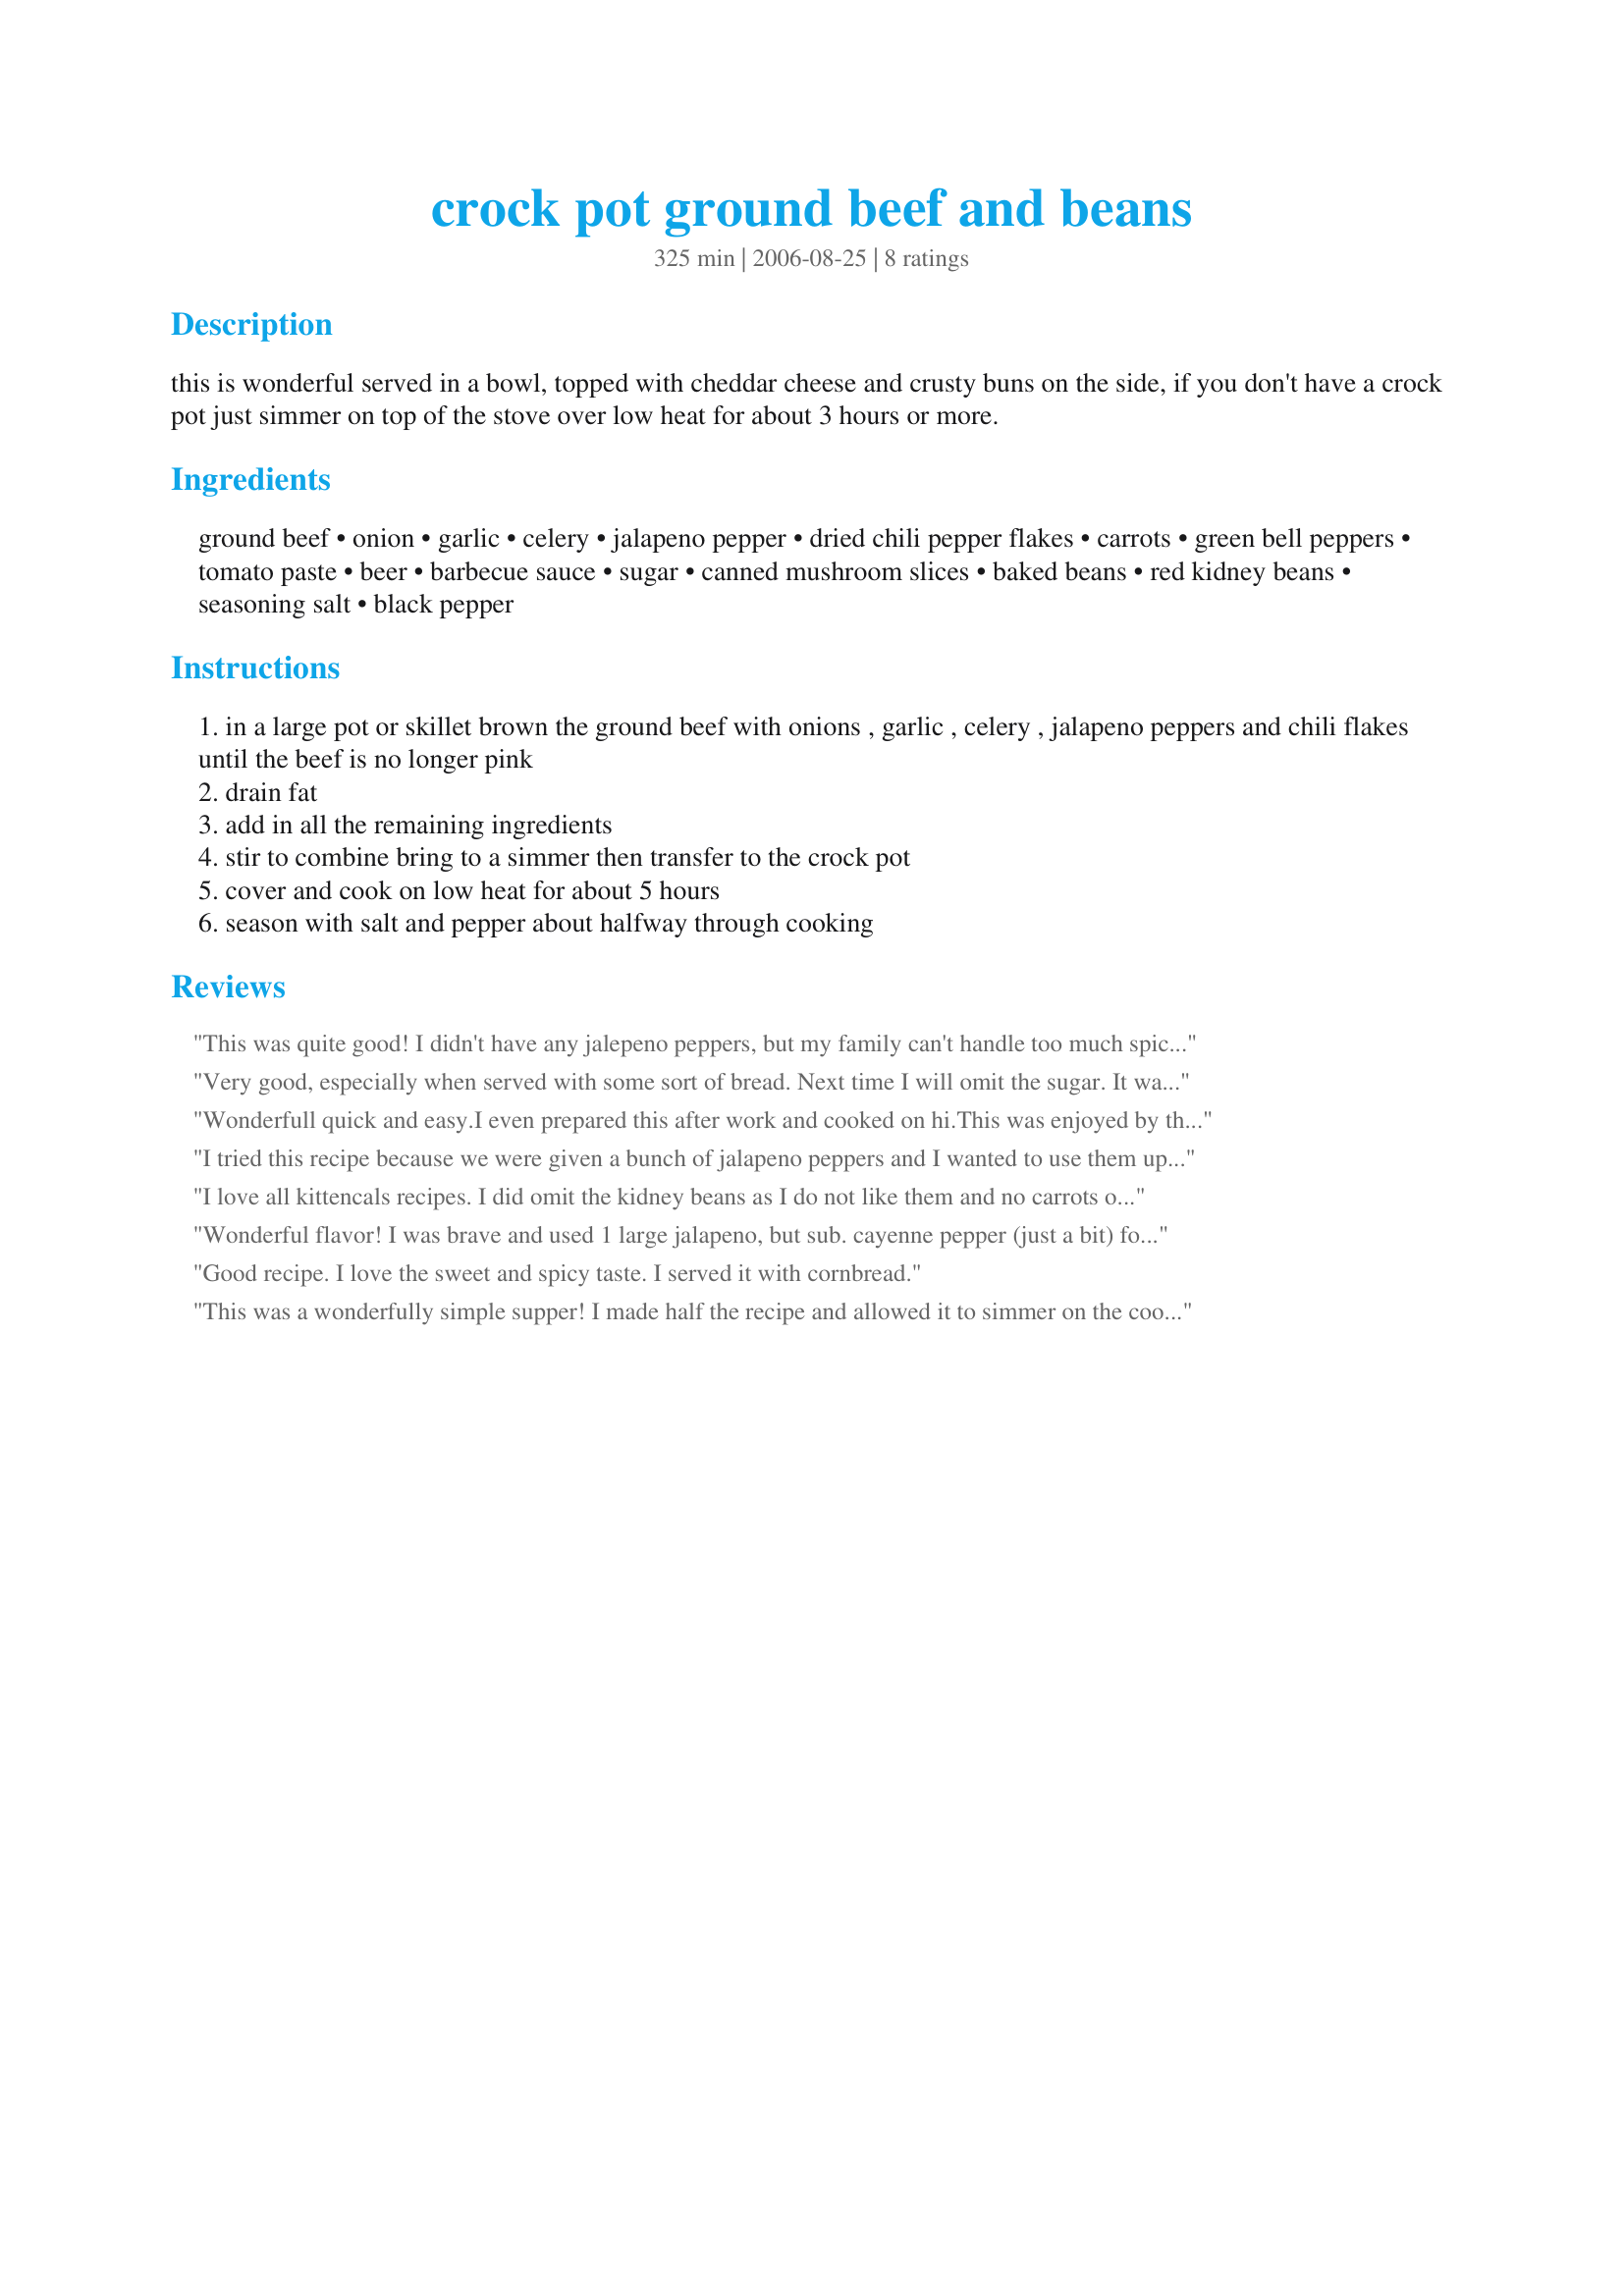
crock pot ground beef and beans
Preparation time: 325 minutes

this is wonderful served in a bowl, topped with cheddar cheese and crusty buns on the side, if you don't have a crock pot just simmer on top of the stove over low heat for about 3 hours or more.

Ingredients:
ground beef, onion, garlic, celery, jalapeno pepper, dried chili pepper flakes, carrots, green bell peppers, tomato paste, beer, barbecue sauce, sugar, canned mushroom slices, baked beans, red kidney beans, seasoning salt, black pepper

Steps:
in a large pot or skillet brown the ground beef with onions , garlic , celery , jalapeno peppers and chili flakes until the beef is no longer pink
drain fat
add in all the remaining ingredients
stir to combine bring to a simmer then transfer to the crock pot
cover and cook on low heat for about 5 hours
season with salt and pepper about halfway through cooking

Reviews:
This was quite good! I didn't have any jalepeno peppers, but my family can't handle too much spice, so that was probably for the best. The only thing that surprised me was just how much food this recipe makes! I invited a friend over for dinner once I realized that we would have a lot of food.
Very good, especially when served with some sort of bread. Next time I will omit the sugar. It was a little on the sweet side since I only had Bush's baked beans on hand. Lots of leftovers to freeze!
Wonderfull quick and easy.I even prepared this after work and cooked on hi.This was enjoyed by the whole family.Thanks
I tried this recipe because we were given a bunch of jalapeno peppers and I wanted to use them up. I put it in the crock pot before leaving for work and the farmers devoured it. A guy helping on our farm that week loved it so much that at our house we call it Ron's Chili. Thanks for sharing it.
I love all kittencals recipes. I did omit the kidney beans as I do not like them and no carrots on hand Still was fantastic. Thanks kitten!
Wonderful flavor! I was brave and used 1 large jalapeno, but sub. cayenne pepper (just a bit) for the flakes. Didn't want it too spicy for the kids. I used ground turkey, 1/2 cup beer, recipe#33814, Busch's Homestyle beans, and no mushrooms or kidney beans. The family loves baked beans, but won't touch kidney! Go figure.
Good recipe. I love the sweet and spicy taste. I served it with cornbread.
This was a wonderfully simple supper! I made half the recipe and allowed it to simmer on the cook top. The only change I made was to eliminate the carrots, simply because I did not have any on hand. Also, I used fresh mushrooms instead of canned. We will look forward to having this again, Kitten!
